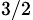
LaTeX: _{3/2}